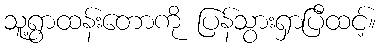
သူ့ရွာထန်းတောကို ပြန်သွားရှာပြီထင့်။